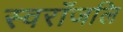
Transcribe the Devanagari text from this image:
स्वराँजलि